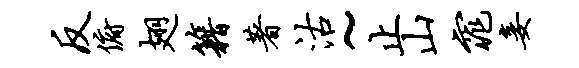
反俯翅籍著沽~止山窕妾